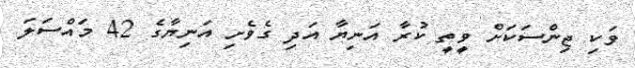
ވަކި ޖިންސަކަށް ވީތީ ކުރާ އަނިޔާ އަދި ގެވެށި އަނިޔާގެ 42 މައްސަލަ